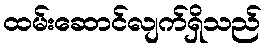
ထမ်းဆောင်လျက်ရှိသည်